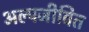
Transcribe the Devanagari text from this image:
अल्पजीवित